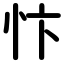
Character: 忭